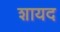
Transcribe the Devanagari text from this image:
शायद